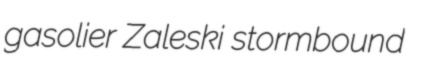
gasolier Zaleski stormbound